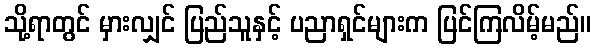
သို့ရာတွင် မှားလျှင် ပြည်သူနှင့် ပညာရှင်များက ပြင်ကြလိမ့်မည်။